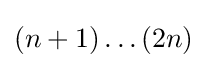
(n+1)\dots (2n)